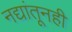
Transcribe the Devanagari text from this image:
नद्यांतूनही